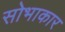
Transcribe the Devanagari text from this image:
सोभाकार